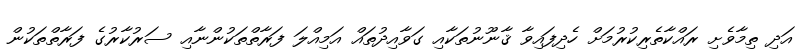
އަދި ތިމާވެށި ރައްކާތެރިކުރުމަށް ހެދިފައިވާ ޤާނޫނުތަކާއި ގަވާއިދުތައް އަމިއްލަ ފަރާތްތަކުންނާއި ސަރުކާރުގެ ފަރާތްތަކުން